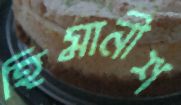
হিমানীশ